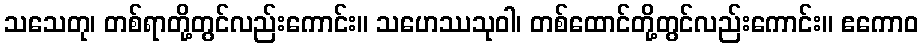
သသေတု၊ တစ်ရာတို့တွင်လည်းကောင်း။ သဟေဿသုဝါ၊ တစ်ထောင်တို့တွင်လည်းကောင်း။ ဧကောဝ